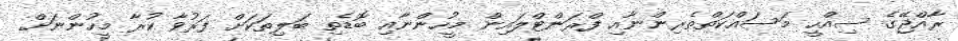
ރާއްޖޭގެ ސިއްހީ މަސައްކަތްތެރިންނާއި ފްރަންޓްލައިން މީހުންނާއި ބޮޑެތި ބަލިތަކަށް ފަރުވާ ކުރާ މީހުންނަށް